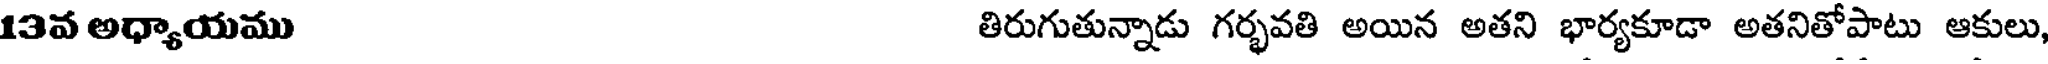
13వ అధ్యాయము తిరుగుతున్నాడు గర్భవతి అయిన అతని భార్యకూడా అతనితోపాటు ఆకులు,